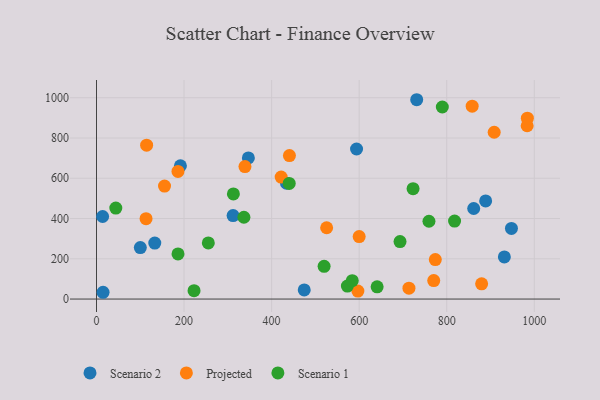
{"axis": {"x": "Engine Size", "y": "Fuel Efficiency"}, "legend": ["Projected", "Scenario 1", "Scenario 2"], "data": [{"x": "861.6", "y": 449.8, "type": "Scenario 2"}, {"x": "474.5", "y": 45.4, "type": "Scenario 2"}, {"x": "100.1", "y": 255.9, "type": "Scenario 2"}, {"x": "15.0", "y": 33.7, "type": "Scenario 2"}, {"x": "312.0", "y": 414.5, "type": "Scenario 2"}, {"x": "931.6", "y": 209.1, "type": "Scenario 2"}, {"x": "14.0", "y": 410.1, "type": "Scenario 2"}, {"x": "434.0", "y": 575.5, "type": "Scenario 2"}, {"x": "888.9", "y": 487.3, "type": "Scenario 2"}, {"x": "346.9", "y": 700.9, "type": "Scenario 2"}, {"x": "191.7", "y": 662.1, "type": "Scenario 2"}, {"x": "133.1", "y": 278.3, "type": "Scenario 2"}, {"x": "731.4", "y": 990.1, "type": "Scenario 2"}, {"x": "594.0", "y": 745.4, "type": "Scenario 2"}, {"x": "947.8", "y": 350.6, "type": "Scenario 2"}, {"x": "983.7", "y": 860.9, "type": "Projected"}, {"x": "186.1", "y": 634.2, "type": "Projected"}, {"x": "773.9", "y": 196.2, "type": "Projected"}, {"x": "339.1", "y": 658.2, "type": "Projected"}, {"x": "600.0", "y": 310.5, "type": "Projected"}, {"x": "984.2", "y": 898.6, "type": "Projected"}, {"x": "908.4", "y": 828.5, "type": "Projected"}, {"x": "113.2", "y": 399.1, "type": "Projected"}, {"x": "440.7", "y": 712.9, "type": "Projected"}, {"x": "155.4", "y": 561.4, "type": "Projected"}, {"x": "879.7", "y": 75.6, "type": "Projected"}, {"x": "713.7", "y": 54.2, "type": "Projected"}, {"x": "597.0", "y": 39.6, "type": "Projected"}, {"x": "421.8", "y": 605.7, "type": "Projected"}, {"x": "525.7", "y": 354.2, "type": "Projected"}, {"x": "114.5", "y": 764.3, "type": "Projected"}, {"x": "858.1", "y": 958.3, "type": "Projected"}, {"x": "770.3", "y": 91.8, "type": "Projected"}, {"x": "641.0", "y": 61.0, "type": "Scenario 1"}, {"x": "255.4", "y": 278.7, "type": "Scenario 1"}, {"x": "723.1", "y": 548.1, "type": "Scenario 1"}, {"x": "222.8", "y": 41.8, "type": "Scenario 1"}, {"x": "312.7", "y": 522.2, "type": "Scenario 1"}, {"x": "693.3", "y": 285.5, "type": "Scenario 1"}, {"x": "336.7", "y": 406.3, "type": "Scenario 1"}, {"x": "573.1", "y": 64.4, "type": "Scenario 1"}, {"x": "44.1", "y": 451.9, "type": "Scenario 1"}, {"x": "584.2", "y": 91.1, "type": "Scenario 1"}, {"x": "789.9", "y": 954.0, "type": "Scenario 1"}, {"x": "519.9", "y": 162.7, "type": "Scenario 1"}, {"x": "759.4", "y": 386.6, "type": "Scenario 1"}, {"x": "440.2", "y": 574.4, "type": "Scenario 1"}, {"x": "817.9", "y": 387.6, "type": "Scenario 1"}, {"x": "186.2", "y": 224.1, "type": "Scenario 1"}]}